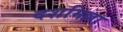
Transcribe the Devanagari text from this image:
दशमिल्ला